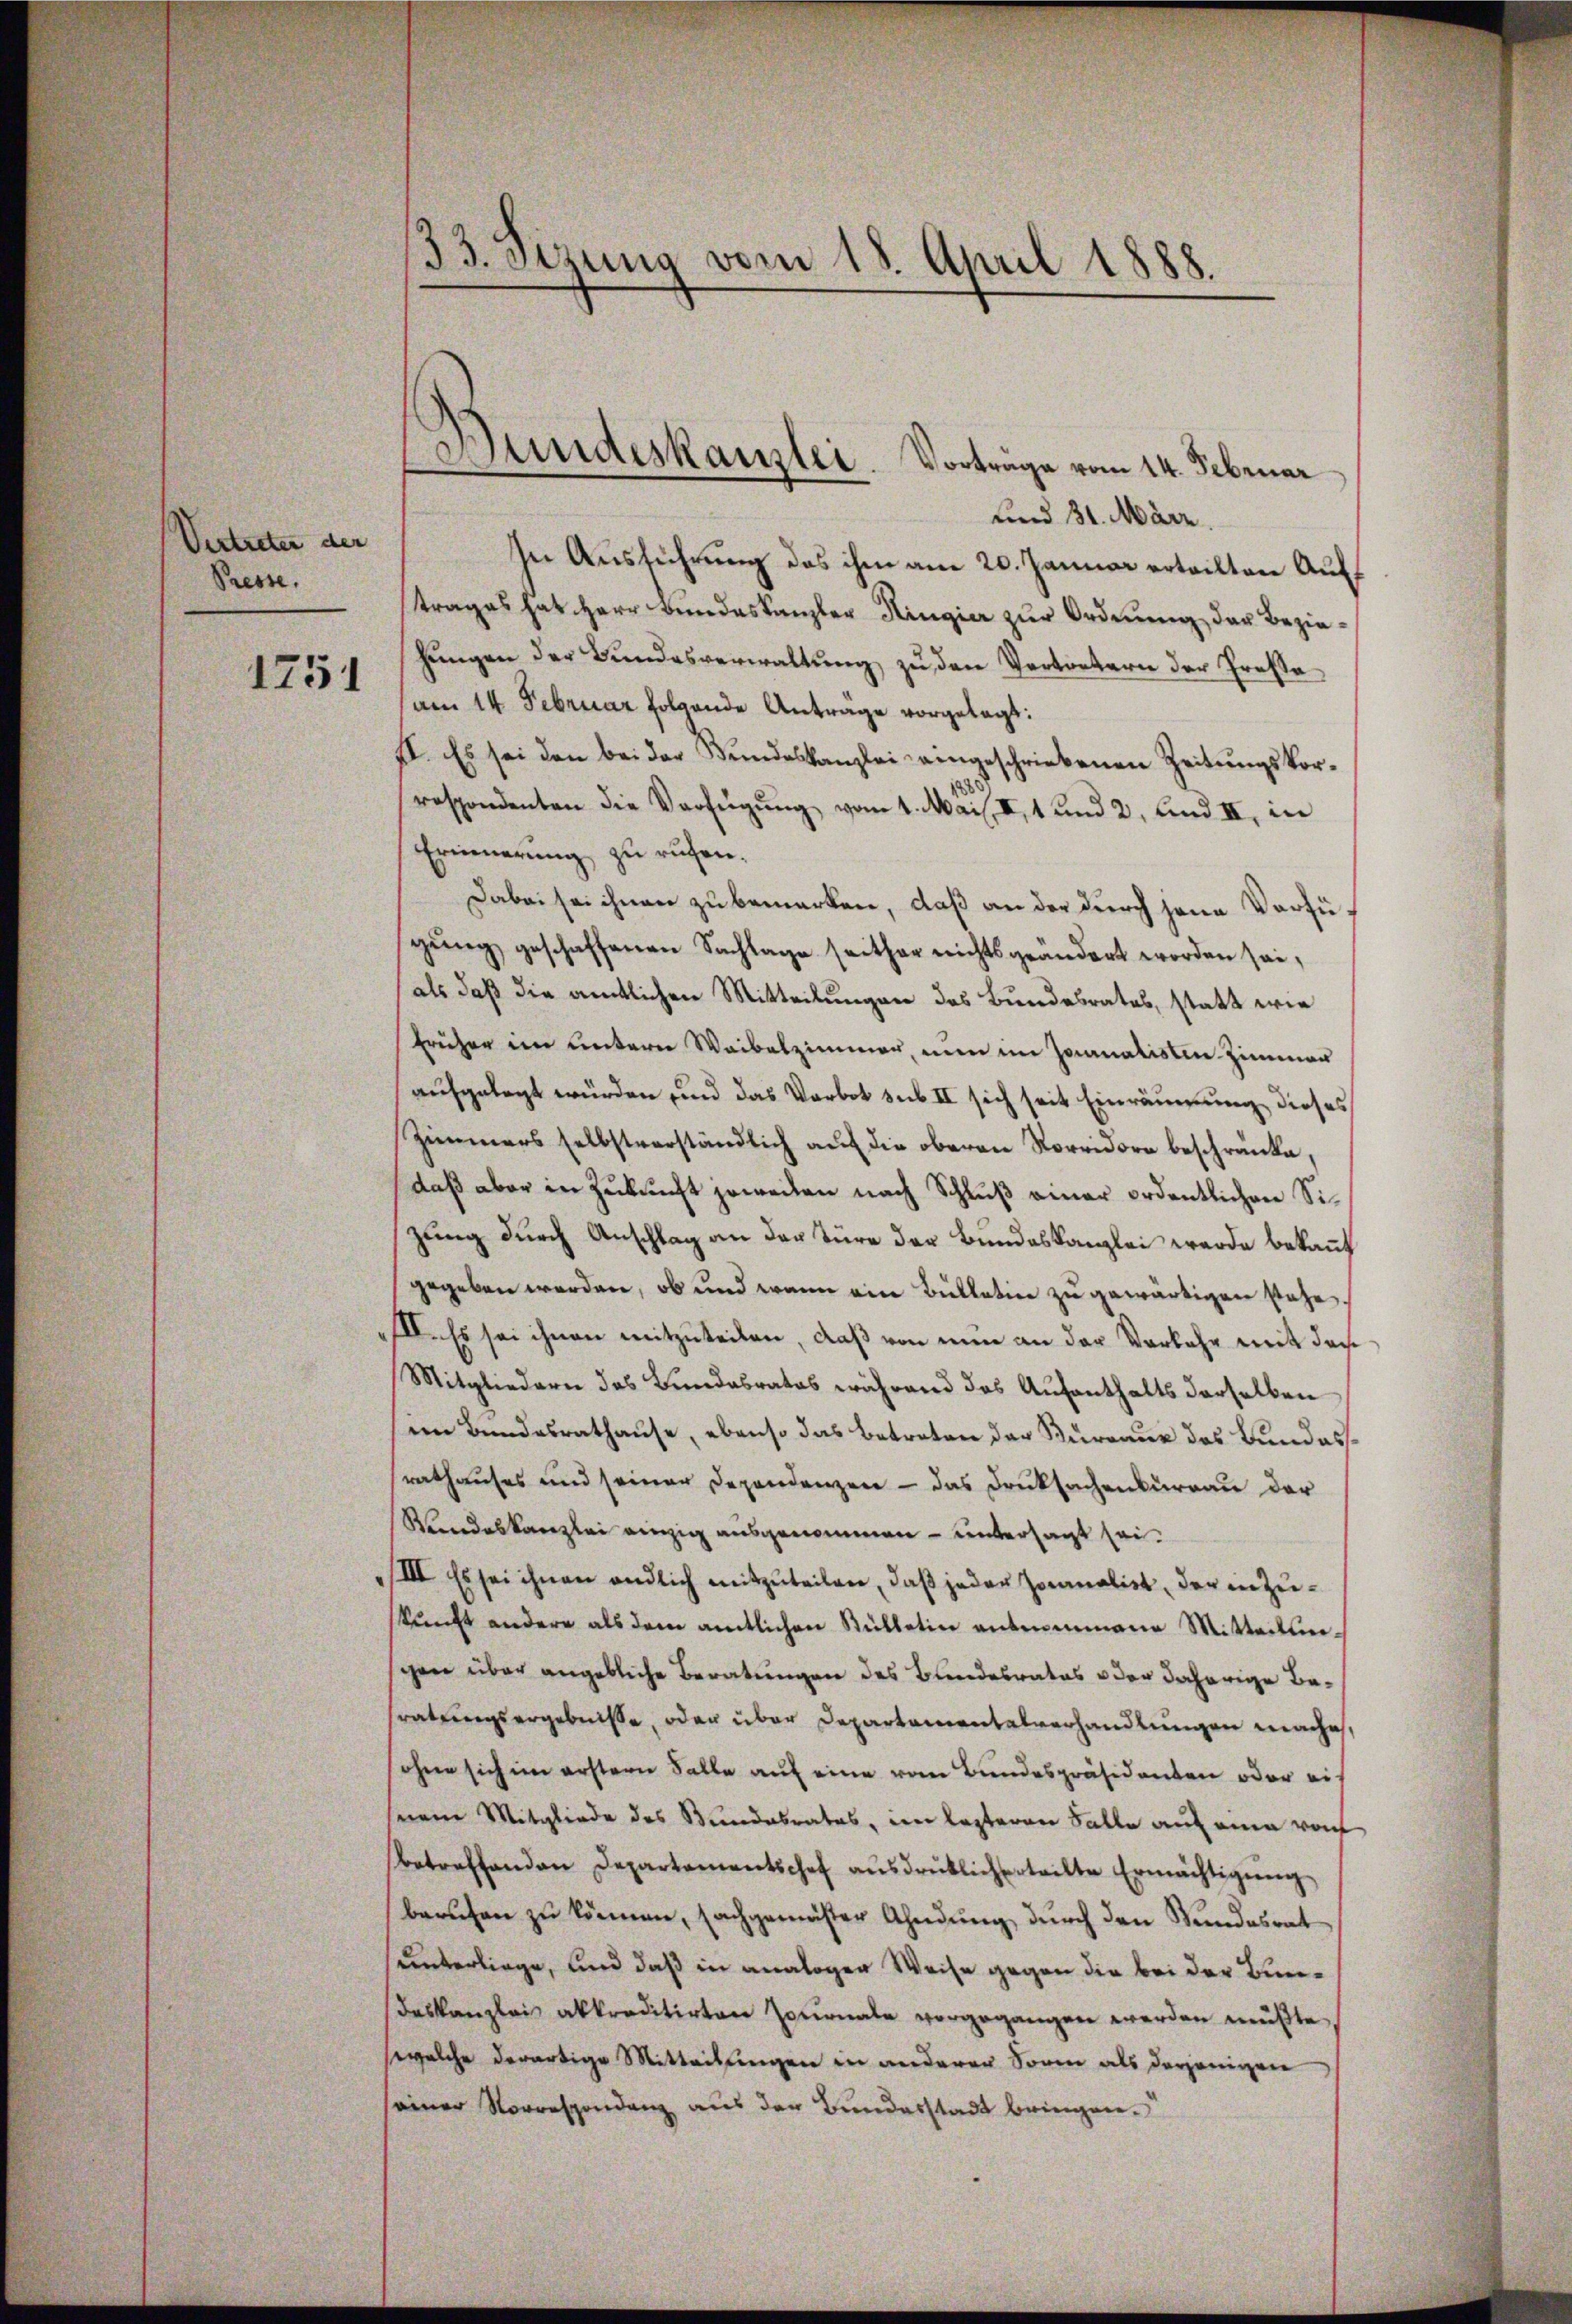
Vertreter der
Presse.

1751

und 31. März.
In Ausführung das ihm am 20. Januar erteilten Auftrages hat Herr Bundeskanzler Hingie zur Ordnung, das Beziehungen der Bundesverwaltung zu den Vertretern der Prosa
am 14. Februar folgende Antrage vorgelegt:
II. Es sei den bei der Bŭndeskanzlei eingeschriebenen Zeitŭngskor-
respondenten die Verfügung vom 1. Mai. II, 1 und 2, und II, in
Erinnerung zu rufen.
Dabei sei ihnen zu bemerken, daß an der durch jene Verfügŭng geschaffenen Sachlage seither nichts geändert worden sei,
als daß die amtlichen Mitteilungen des Bundesrates, statt wir
früher im untern Waibelzimmer, nun im Journalisten Zimmer
aufgelegt würden und das Verbot sub II sich seit Einräumung, dieses
Zimmers selbstverständlich auf die oberen Vorridore beschränke,
daß aber in Zukunft jeweiten nach Schluß einer ordentlichen Sizung durch Anschlag an der Türe der Bundeskanzlei werde bekannt
gegeben werden, ob und wenn ein Bullation zu gewärtigen stehe
III. Es sei ihnen mitzuteilen, daß von nun an der Verkehr mit dach
Mitgliedern das Bundesrates während das Aufenthalts derselben
en Bundesrathause, ebenso das betreten der Kurreur das Bundesrathauses und seiner Dependenzen - das Druksachenkurrau der
Rundeskanzlei einzig ausgenommen – untersagt sei¬
III. Es sei ihnen endlich mitzuteilen, daß jeder Joanalist, der in Zuskunft andere als dem amtlichen Sülletin antrammene Mitteilunschen über angebliche Beratungen des Bundesrates der daherige Beratungsergebnisse, oder über Departamentalverhandlungen mache,
sohne sich im erstern Falle auf eine vom Bundespräsidenten oder ein
sem Mitgliede des Bundabrates, im lezteren Falle auf eine vo
betreffenden Departementschef aŭsdrücklich erteilte Ermächtigŭng
beruhen zu können, sachgemäster Ahndung durch den Stundesrat
unterliege, und daß in analoger Weise gegen die bei der Bundeskanzlei akkreditirten Journale vorgegangen werden müßte,
wwelche derartige Mitteilungen in anderer Sonne als derjenigen
einer Norrespondenz aus der Bundesstadt bringen.

33. sizung vom 18. April 1888.

Bundeskanzlei. Vortrage vom 14. Februar